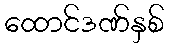
ထောင်ဒဏ်နှစ်